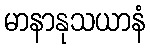
မာနာနုသယာနံ